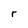
Character: r